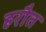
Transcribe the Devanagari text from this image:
हरौत